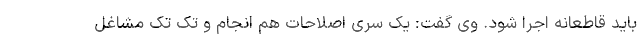
باید قاطعانه اجرا شود. وی گفت: یک سری اصلاحات هم انجام و تک تک مشاغل